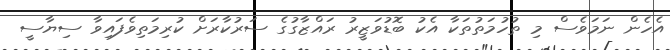
އެހެން ނަމަވެސް މި ތުހުމަތުތަަކާ އެކު ބޮޑުވަޒީރު ރައްޒާގުގެ ސަރުކާރަށް ކުރިމަތިވެފައިވާ ސިޔާސީ